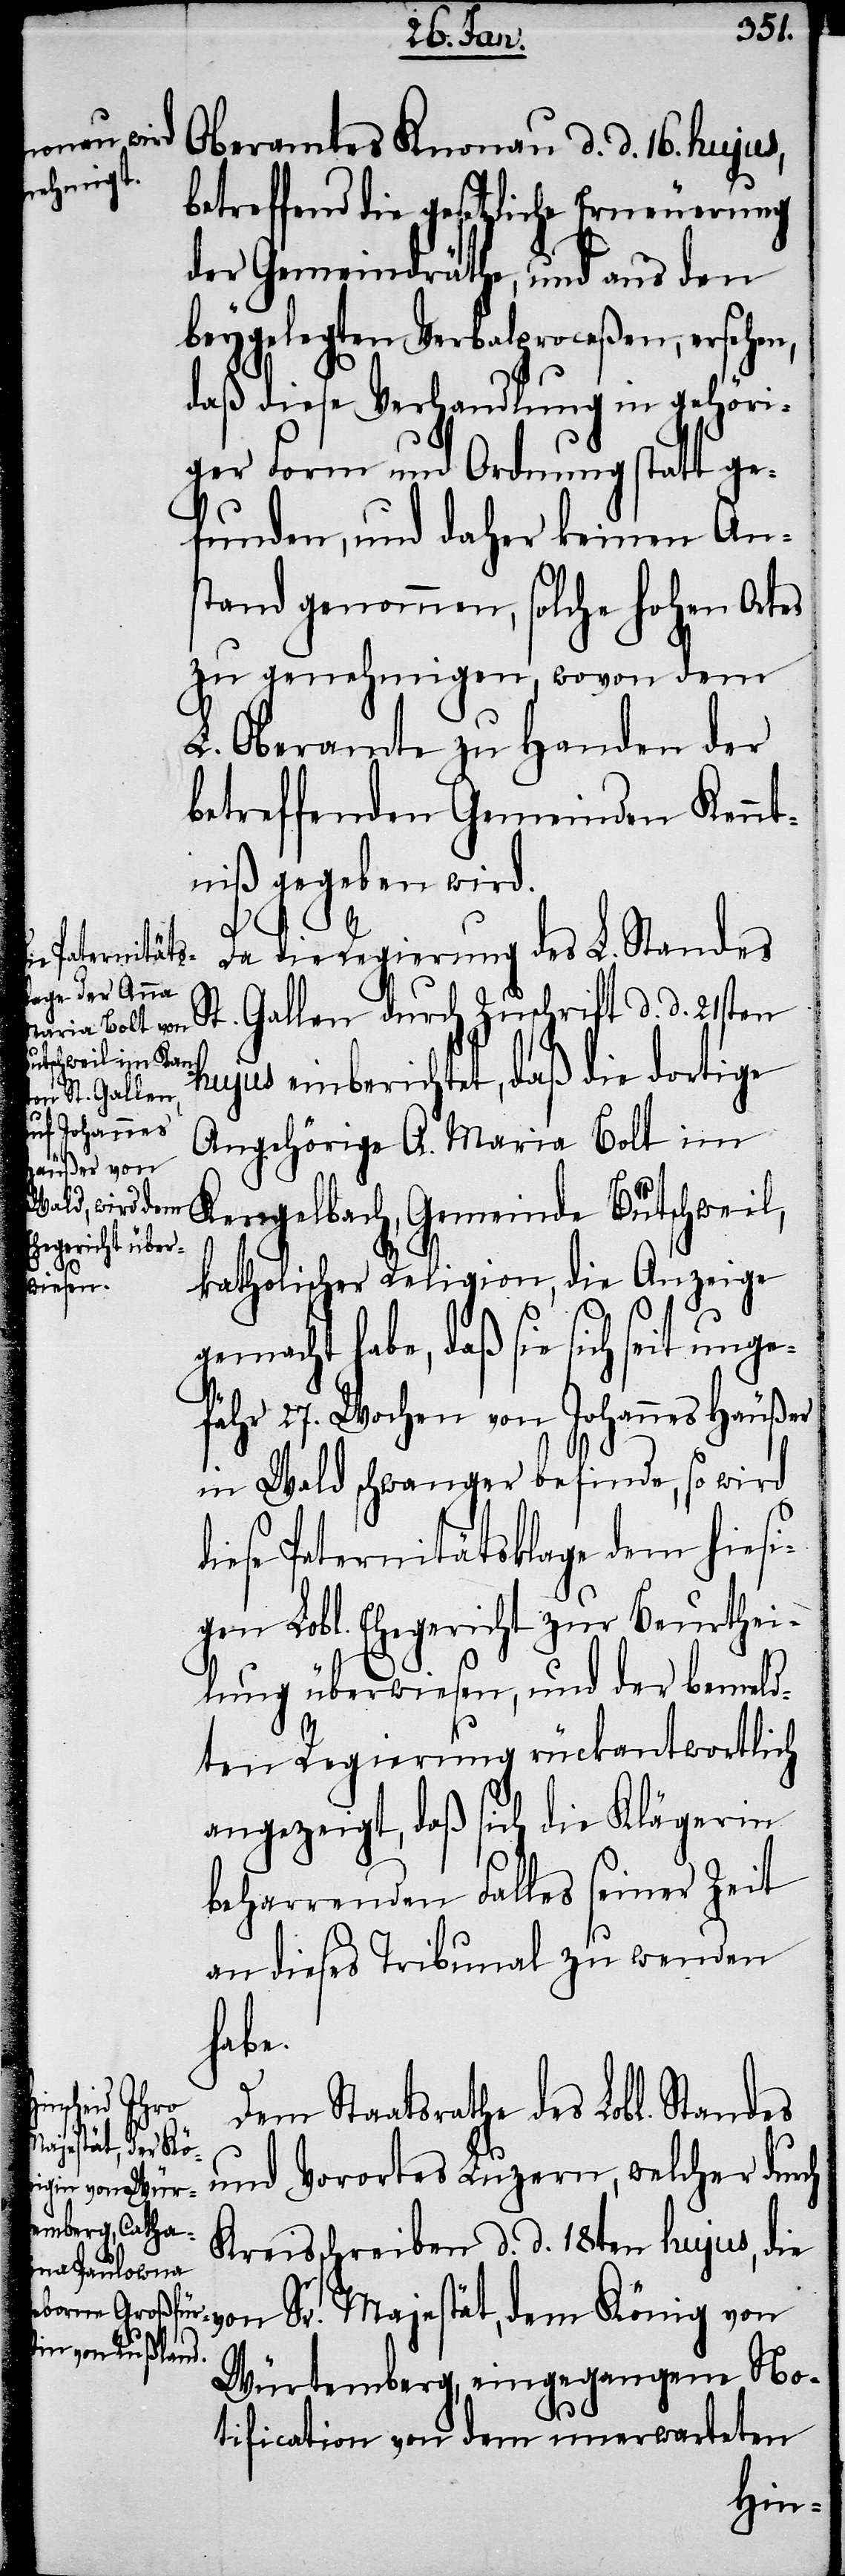
Oberamtes Knonau d. d. 16. hujus,
betreffend die gesetzliche Erneuerung
der Gemeindräthe, und aus den
beygelegten Verbalproceßen, ersehen,
daß diese Verhandlung in gehöri¬
ger Form und Ordnung statt ge¬
funden, und daher keinen Ans¬
tand genommen, solche hohen Ortes
zu genehmigen, wovon dem
L. Oberamte zu Handen der
betreffenden Gemeinden Kennt¬
niß gegeben wird.
Da die Regierung des L. Standes
Gallen durch Zuschrift d. d. 21sten
d¬
hujus einberichtet, daß die dortige
Angehörige A. Maria Bolt im
Kengelbach, Gemeinde Bütschweil,
katholischer Religion, die Anzeige
gemacht habe, daß sie sich seit unge¬
fähr 27. Wochen von Johannes Häußer
in Wald schwanger befinde, so wird
iese Paternitätsklage dem hiesi¬
gen Lobl. Ehegericht zur Beurthei¬
lung überwiesen, und der bemeld¬
ten Regierung rückantwortlich
angezeigt, daß sich die Klägerin
beharrenden Falles seiner Zeit
an dieses Tribunal zu wenden
habe.
Dem Staatsrathe des Lobl. Standes
und Vorortes Luzern, welcher durch
Kreisschreiben d. d. 18ten hujus, die
Sr. Majestät, dem König von
Würtemberg, eingegangene No¬
tification von dem unerwarteten